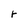
Character: r